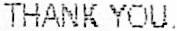
THANK YOU.